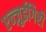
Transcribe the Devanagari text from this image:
एन्ज़ुईगिरी